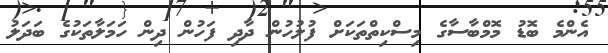
އެންމެ ބޮޑު މޮމްބާސާގެ މިސްކިތްތަކަށް ފުލުހުން ދާދި ފަހުން ދިން ހަމަލާތަކުގެ ބަދަލު